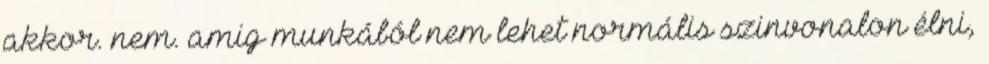
akkor. nem. amig munkából nem lehet normális szinvonalon élni,